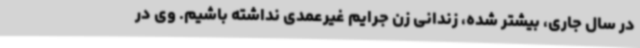
در سال جاری، بیشتر شده، زندانی زن جرایم غیرعمدی نداشته باشیم. وی در